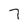
Character: 7